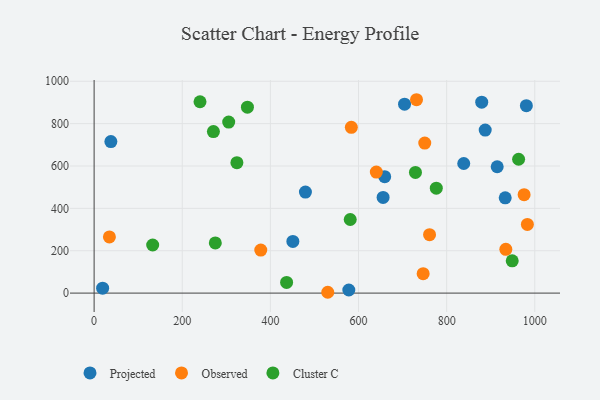
{"axis": {"x": "Ad Spend", "y": "Rating"}, "legend": ["Cluster C", "Observed", "Projected"], "data": [{"x": "932.9", "y": 449.6, "type": "Projected"}, {"x": "704.5", "y": 892.1, "type": "Projected"}, {"x": "451.0", "y": 244.1, "type": "Projected"}, {"x": "914.7", "y": 596.5, "type": "Projected"}, {"x": "838.8", "y": 611.9, "type": "Projected"}, {"x": "980.9", "y": 884.6, "type": "Projected"}, {"x": "879.6", "y": 901.2, "type": "Projected"}, {"x": "887.5", "y": 769.6, "type": "Projected"}, {"x": "578.0", "y": 14.7, "type": "Projected"}, {"x": "38.0", "y": 715.5, "type": "Projected"}, {"x": "659.4", "y": 549.5, "type": "Projected"}, {"x": "655.8", "y": 451.5, "type": "Projected"}, {"x": "479.5", "y": 476.7, "type": "Projected"}, {"x": "19.3", "y": 23.3, "type": "Projected"}, {"x": "378.2", "y": 203.2, "type": "Observed"}, {"x": "746.7", "y": 91.9, "type": "Observed"}, {"x": "934.3", "y": 206.7, "type": "Observed"}, {"x": "583.7", "y": 782.8, "type": "Observed"}, {"x": "975.8", "y": 464.6, "type": "Observed"}, {"x": "34.7", "y": 265.2, "type": "Observed"}, {"x": "983.2", "y": 324.1, "type": "Observed"}, {"x": "530.2", "y": 3.9, "type": "Observed"}, {"x": "761.2", "y": 275.7, "type": "Observed"}, {"x": "640.4", "y": 571.4, "type": "Observed"}, {"x": "731.6", "y": 912.9, "type": "Observed"}, {"x": "750.3", "y": 708.3, "type": "Observed"}, {"x": "305.4", "y": 807.2, "type": "Cluster C"}, {"x": "963.3", "y": 631.8, "type": "Cluster C"}, {"x": "729.2", "y": 569.6, "type": "Cluster C"}, {"x": "776.5", "y": 495.2, "type": "Cluster C"}, {"x": "581.2", "y": 347.5, "type": "Cluster C"}, {"x": "270.7", "y": 762.6, "type": "Cluster C"}, {"x": "436.8", "y": 50.5, "type": "Cluster C"}, {"x": "324.0", "y": 615.8, "type": "Cluster C"}, {"x": "275.0", "y": 237.1, "type": "Cluster C"}, {"x": "347.9", "y": 877.5, "type": "Cluster C"}, {"x": "948.8", "y": 152.3, "type": "Cluster C"}, {"x": "132.9", "y": 227.0, "type": "Cluster C"}, {"x": "240.3", "y": 903.3, "type": "Cluster C"}]}